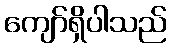
ကျော်ရှိပါသည်